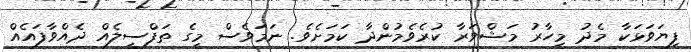
ފިޔަވަޅަކާ މެދު މިހާރު މަޝްވަރާ ކުރެވެމުންދާ ކަމަށެވެ. ނަމަވެސް މީގެ ތަފްސީލެއް ދެއްވާފައެއް